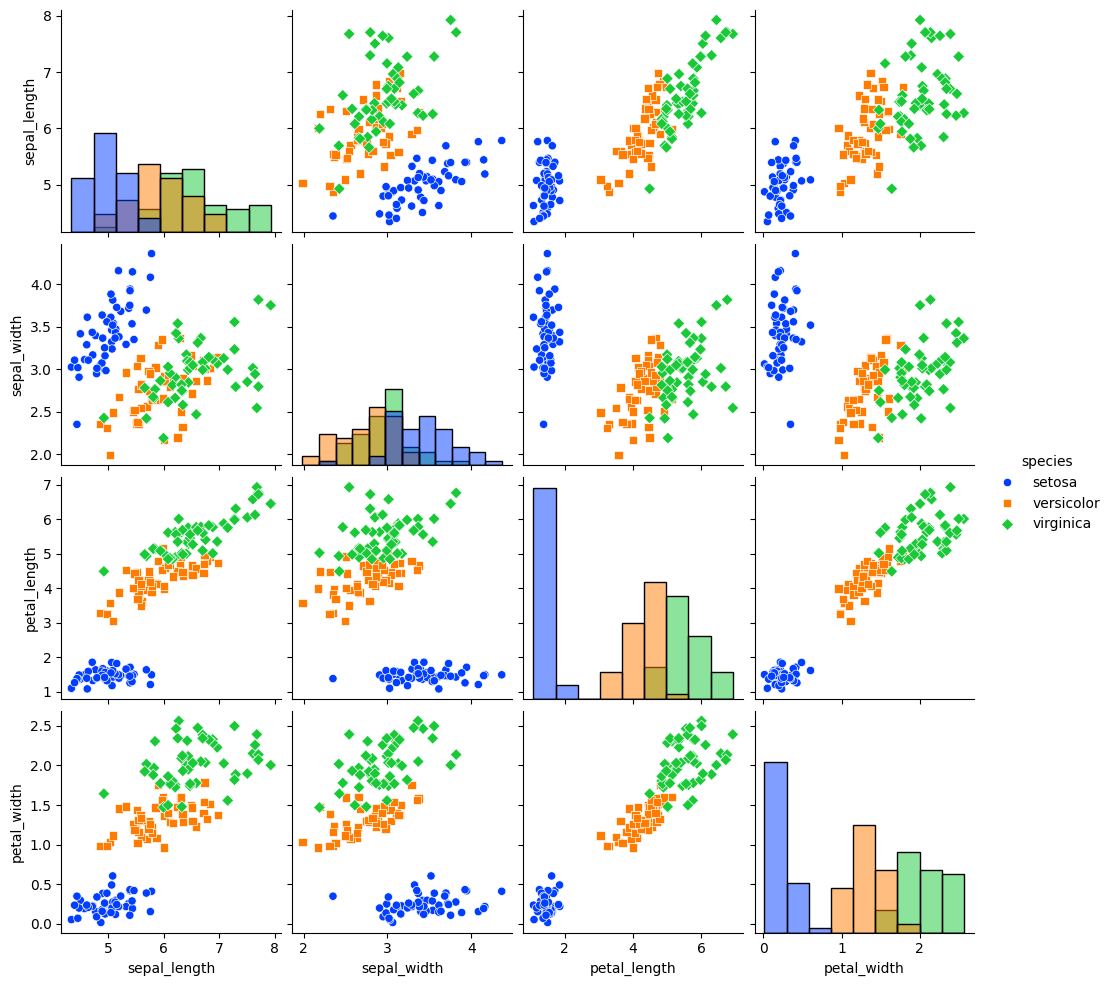
python, seaborn, pairplot, palette='bright', markers=['o', 's', 'D'], kind='scatter', diag_kind='hist'